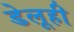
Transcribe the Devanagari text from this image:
डेलूही